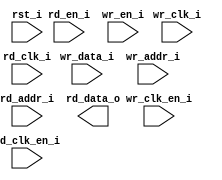
/*******************************************************************************
    Verilog netlist generated by IPGEN Lattice Radiant Software (64-bit)
    3.0.0.24.1
    Soft IP Version: 1.1.2
    2023 12 20 19:40:21
*******************************************************************************/
/*******************************************************************************
    Wrapper Module generated per user settings.
*******************************************************************************/
module bram_dp (wr_clk_i, rd_clk_i, rst_i, wr_clk_en_i, rd_en_i, rd_clk_en_i,
    wr_en_i, wr_data_i, wr_addr_i, rd_addr_i, rd_data_o)/* synthesis syn_black_box syn_declare_black_box=1 */;
    input  wr_clk_i;
    input  rd_clk_i;
    input  rst_i;
    input  wr_clk_en_i;
    input  rd_en_i;
    input  rd_clk_en_i;
    input  wr_en_i;
    input  [31:0]  wr_data_i;
    input  [5:0]  wr_addr_i;
    input  [5:0]  rd_addr_i;
    output  [31:0]  rd_data_o;
endmodule